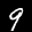
Label: 9